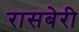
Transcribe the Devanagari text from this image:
रासबेरी